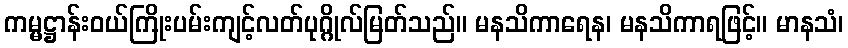
ကမ္မဋ္ဌာန်းဝယ်ကြိုးပမ်းကျင့်လတ်ပုဂ္ဂိုလ်မြတ်သည်။ မနသိကာရေန၊ မနသိကာရဖြင့်။ မာနသံ၊